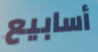
أسابيع